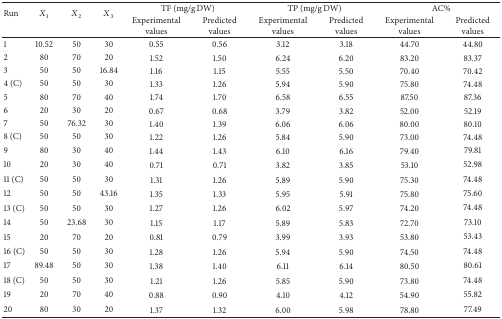
<table><thead><tr><td rowspan="2"><b>Run</b></td><td rowspan="2"><b><i>X</i><sub>1</sub></b></td><td rowspan="2"><b><i>X</i><sub>2</sub></b></td><td rowspan="2"><b><i>X</i><sub>3</sub></b></td><td colspan="2"><b>TF (mg/g DW)</b></td><td colspan="2"><b>TP (mg/g DW)</b></td><td colspan="2"><b>AC%</b></td></tr><tr><td><b>Experimental values</b></td><td><b>Predicted values</b></td><td><b>Experimental values</b></td><td><b>Predicted values</b></td><td><b>Experimental values</b></td><td><b>Predicted values</b></td></tr></thead><tbody><tr><td>1</td><td>10.52</td><td>50</td><td>30</td><td>0.55</td><td>0.56</td><td>3.12</td><td>3.18</td><td>44.70</td><td>44.80</td></tr><tr><td>2</td><td>80</td><td>70</td><td>20</td><td>1.52</td><td>1.50</td><td>6.24</td><td>6.20</td><td>83.20</td><td>83.37</td></tr><tr><td>3</td><td>50</td><td>50</td><td>16.84</td><td>1.16</td><td>1.15</td><td>5.55</td><td>5.50</td><td>70.40</td><td>70.42</td></tr><tr><td>4 (C)</td><td>50</td><td>50</td><td>30</td><td>1.33</td><td>1.26</td><td>5.94</td><td>5.90</td><td>75.80</td><td>74.48</td></tr><tr><td>5</td><td>80</td><td>70</td><td>40</td><td>1.74</td><td>1.70</td><td>6.58</td><td>6.55</td><td>87.50</td><td>87.36</td></tr><tr><td>6</td><td>20</td><td>30</td><td>20</td><td>0.67</td><td>0.68</td><td>3.79</td><td>3.82</td><td>52.00</td><td>52.19</td></tr><tr><td>7</td><td>50</td><td>76.32</td><td>30</td><td>1.40</td><td>1.39</td><td>6.06</td><td>6.06</td><td>80.00</td><td>80.10</td></tr><tr><td>8 (C)</td><td>50</td><td>50</td><td>30</td><td>1.22</td><td>1.26</td><td>5.84</td><td>5.90</td><td>73.00</td><td>74.48</td></tr><tr><td>9</td><td>80</td><td>30</td><td>40</td><td>1.44</td><td>1.43</td><td>6.10</td><td>6.16</td><td>79.40</td><td>79.81</td></tr><tr><td>10</td><td>20</td><td>30</td><td>40</td><td>0.71</td><td>0.71</td><td>3.82</td><td>3.85</td><td>53.10</td><td>52.98</td></tr><tr><td>11 (C)</td><td>50</td><td>50</td><td>30</td><td>1.31</td><td>1.26</td><td>5.89</td><td>5.90</td><td>75.30</td><td>74.48</td></tr><tr><td>12</td><td>50</td><td>50</td><td>43.16</td><td>1.35</td><td>1.33</td><td>5.95</td><td>5.91</td><td>75.80</td><td>75.60</td></tr><tr><td>13 (C)</td><td>50</td><td>50</td><td>30</td><td>1.27</td><td>1.26</td><td>6.02</td><td>5.97</td><td>74.20</td><td>74.48</td></tr><tr><td>14</td><td>50</td><td>23.68</td><td>30</td><td>1.15</td><td>1.17</td><td>5.89</td><td>5.83</td><td>72.70</td><td>73.10</td></tr><tr><td>15</td><td>20</td><td>70</td><td>20</td><td>0.81</td><td>0.79</td><td>3.99</td><td>3.93</td><td>53.80</td><td>53.43</td></tr><tr><td>16 (C)</td><td>50</td><td>50</td><td>30</td><td>1.28</td><td>1.26</td><td>5.94</td><td>5.90</td><td>74.50</td><td>74.48</td></tr><tr><td>17</td><td>89.48</td><td>50</td><td>30</td><td>1.38</td><td>1.40</td><td>6.11</td><td>6.14</td><td>80.50</td><td>80.61</td></tr><tr><td>18 (C)</td><td>50</td><td>50</td><td>30</td><td>1.21</td><td>1.26</td><td>5.85</td><td>5.90</td><td>73.80</td><td>74.48</td></tr><tr><td>19</td><td>20</td><td>70</td><td>40</td><td>0.88</td><td>0.90</td><td>4.10</td><td>4.12</td><td>54.90</td><td>55.82</td></tr><tr><td>20</td><td>80</td><td>30</td><td>20</td><td>1.37</td><td>1.32</td><td>6.00</td><td>5.98</td><td>78.80</td><td>77.49</td></tr></tbody></table>